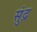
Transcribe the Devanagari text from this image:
सुंद्र